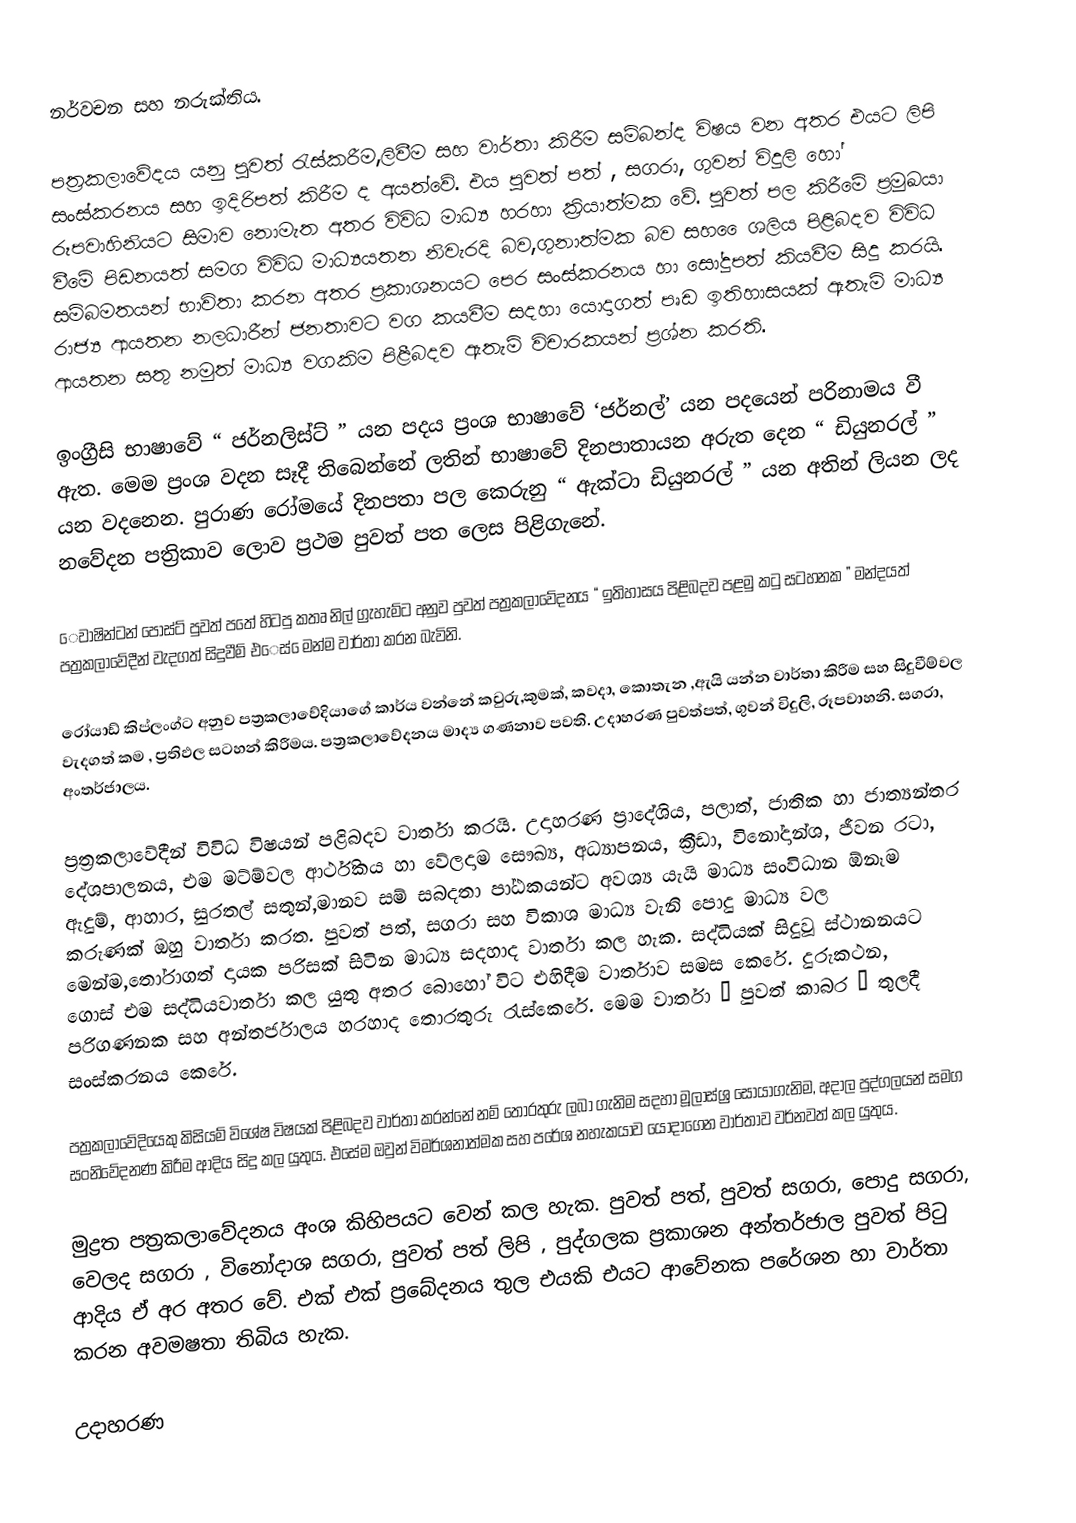
නර්වචන සහ නරුක්තිය.

 පත්‍රකලාවේදය යනු පුවත් රැස්කරීම,ලිවීම සහ වාර්තා කිරීම සම්බන්ද විෂය වන අතර එයට ලිපි සංස්කරනය සහ ඉදිරිපත් කිරීම ද අයත්වේ. එය පුවත් පත් , සගරා, ගුවන් විදුලි හෝ රූපවාහිනියට සිමාව නොමැත අතර විවිධ මාධ්‍ය හරහා ක්‍රියාත්මක වේ. පුවත් පල කිරීමේ ප්‍රමුඛයා වීමේ පිඩනයත් සමග විවිධ මාධ්‍යයතන නිවැරදි බව,ගුනාත්මක බව සහ ෙෙශලිය පිළිබදව විවිධ සම්බමතයන් භාවිතා කරන අතර ප්‍රකාශනයට පෙර සංස්කරනය හා සෝදුපත් කියවීම සිදු කරයි. රාජ්‍ය ආයතන  නලධාරීන් ජනතාවට වග කයවීම සදහා  යොදාගත් පෘඩ ඉතිහාසයක් ඇතැම් මාධ්‍ය ආයතන සතු නමුත් මාධ්‍ය වගකිම පිළීබදව ඇතැම්  විචාරකයන් ප්‍රශ්න කරති.

ඉංග්‍රීසි  භාෂාවේ “ ජර්නලිස්ට් ” යන පදය ප්‍රංශ භාෂාවේ ‘ජර්නල්’  යන පදයෙන් පරිනාමය වී ඇත. මෙම ප්‍රංශ වදන සෑදී තිබෙන්නේ  ලතින් භාෂාවේ  දිනපාතායන අරුත දෙන “ ඩියුනරල් ” යන වදනෙන. පුරාණ රෝමයේ දිනපතා පල කෙරුනු “ ඇක්ටා ඩියුනරල් ” යන අතින් ලියන ලද නවේදන පත්‍රිකාව ලොව ප්‍රථම පුවත්  පත ලෙස පිළිගැනේ.

 ෙවාෂින්ටන් පෝස්ට් පුවත් පතේ හිටපු කතෘ නිල් ග්‍රැහැම්ට අනුව පුවත් පත්‍රකලාවේදනය “ ඉතිහාසය පිළිබදව පළමු කටු සටහනක ” මන්දයත් පත්‍රකලාවේදීන් වැදගත් සිදුවීම් එෙස් ෙමන්ම වාර්තා කරන බැවිනි.

රෝයාඩ් කිප්ලංග්ට අනුව පත්‍රකලාවේදියාගේ කාර්ය වන්නේ කවුරු,කුමක්, කවදා, කොතැන ,ඇයි යන්න වාර්තා කිරීම සහ සිදුවීම්වල වැදගත් කම , ප්‍රතිඵල සටහන් කිරීමය. පත්‍රකලාවේදනය මාද්‍ය ගණනාව පවති. උදාහරණ පුවත්පත්, ගුවන් විදුලි, රූපවාහනි. සගරා, අංතර්ජාලය.

ප්‍රත්‍රකලාවේදීන් විවිධ විෂයන් පළිබදව වාර්තා කරයි. උදාහරණ ප්‍රාදේශිය, පලාත්, ජාතික හා ජාත්‍යන්තර දේශපාලනය, එම මට්ම්වල ආර්ථිකය හා වේලදාම සෞඛ්‍ය, අධ්‍යාපනය, ක්‍රීඩා, විනෝදාන්ශ, ජීවන රටා, ඇදුම්, ආහාර, සුරතල් සතුන්,මානව සම් සබදතා පා්‍ඨකයන්ට අවශ්‍ය යැයි මාධ්‍ය සංවිධාන ඕනෑම කරුණක් ඔහු වාර්තා කරත. පුවත් පත්, සගරා සහ විකාශ මාධ්‍ය වැනි පොදු මාධ්‍ය වල මෙන්ම,තෝරාගත් දායක පරිසක් සිටින මාධ්‍ය සදහාද වාර්තා කල හැක. සද්ධියක් සිදුවූ  ස්ථානනයට ගොස් එම සද්ධියවාර්තා කල යුතු අතර බොහෝ විට එහිදීම වාර්තාව සමස කෙරේ. දුරුකථන, පරිගණනක සහ අන්තර්ජාලය හරහාද තොරතුරු රැස්කෙරේ.  මෙම වාර්තා “ පුවත් කාබර ” තුලදී සංස්කරනය කෙරේ.

 පත්‍රකලාවේදියෙකු කිසියම් විශේෂ විෂයක් පිළිබදව වාර්තා කරන්නේ නම් තොරතුරු ලබා ගැනිම සදහා මූලාස්ශ්‍ර සොයාගැනිම, අදාල පුද්ගලයන් සමග සංනිවේදනණ කිරීම ආදිය සිදු කල යුතුය. එසේම ඔවුන් විමර්ශනාත්මක සහ පරේශ නහැකයාව යොදාගෙන වාර්තාව වර්නවත් කල යුතුය.

මුද්‍රත පත්‍රකලාවේදනය අංශ කිහිපයට වෙන් කල හැක. පුවත් පත්, පුවත් සගරා, පොදු සගරා, වෙලද සගරා , විනෝදාශ සගරා, පුවත් පත් ලිපි , පුද්ගලක ප්‍රකාශන අන්තර්ජාල පුවත් පිටු ආදිය ඒ අර අතර වේ.  එක් එක් ප්‍රබේදනය තුල එයකි එයට ආවේනක පරේශන හා වාර්තා කරන අවමෂතා තිබිය හැක.

උදාහරණ